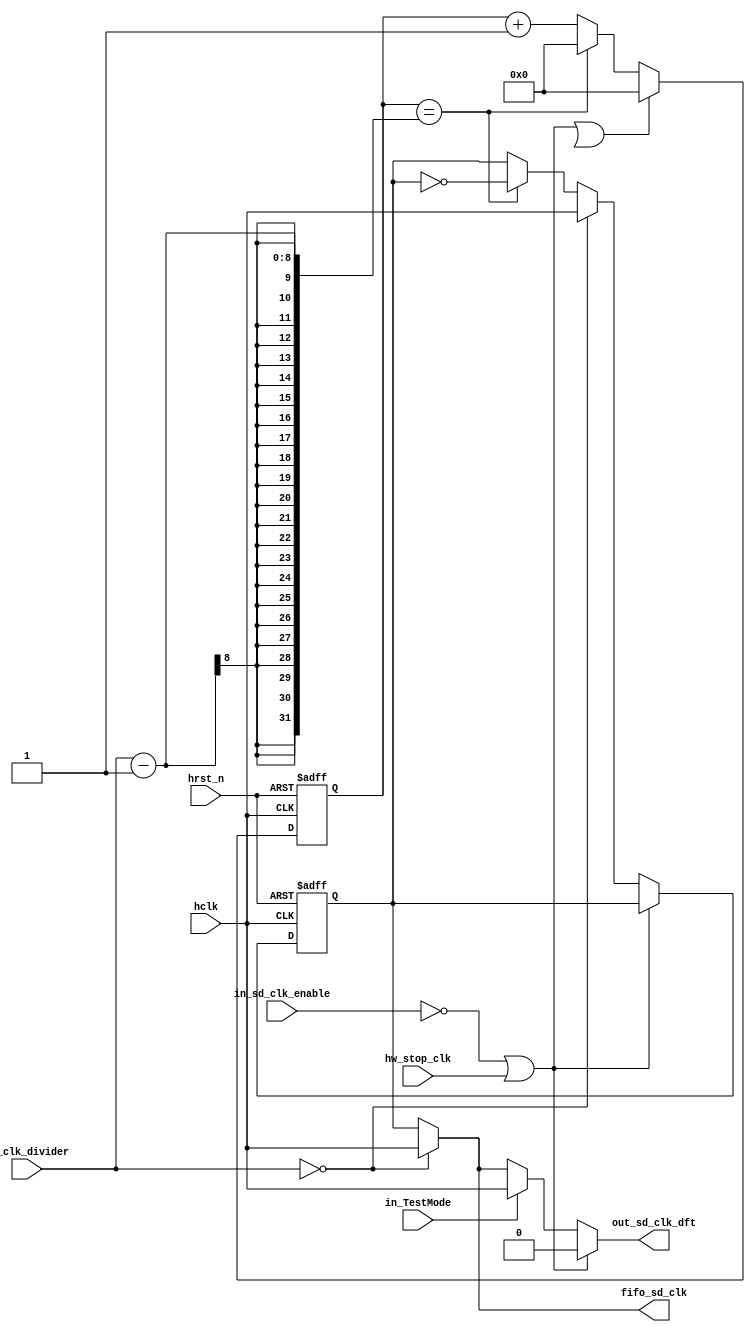
module sd_clk(
    hclk,
    hrst_n,
    in_clk_divider,
    in_sd_clk_enable,
    hw_stop_clk,
    
    out_sd_clk_dft,
    fifo_sd_clk,

    in_TestMode
);
input       in_TestMode;
input       hclk;
input       hrst_n;
input [7:0] in_clk_divider;
input       in_sd_clk_enable;
input       hw_stop_clk;
output      fifo_sd_clk;
output      out_sd_clk_dft;

reg         out_sd_clk;
reg [7:0]   div_counter;
wire        divider_0_val;
wire        out_sd_clk_tp;
wire        clk_ena_stop;

assign  divider_0_val = (in_clk_divider == 8'b0 );
assign  clk_ena_stop = (!in_sd_clk_enable || hw_stop_clk);

always@(posedge hclk or negedge hrst_n) begin
    if(!hrst_n)
        out_sd_clk <= 8'b0;
    else if (clk_ena_stop)
        out_sd_clk <= out_sd_clk;
    else if (divider_0_val)
        out_sd_clk <= hclk;
    else if (div_counter == in_clk_divider-1)
        out_sd_clk <= ~out_sd_clk;
end

always@(posedge hclk or negedge hrst_n) begin
    if(!hrst_n)
        div_counter <= 8'b0;
    else if ( clk_ena_stop || div_0_val)
        div_counter <= 8'b0;
    else begin
        if(div_counter == in_clk_divider-1)
            div_counter <= 8'b0;
        else
            div_counter <= div_counter + 1;
    end
end

assign fifo_sd_clk = divider_0_val? hclk : out_sd_clk;
assign out_sd_clk_dft = (!in_sd_clk_enable || hw_stop_clk) ? 
                            1'b0 : (in_TestMode) ? 
                            hclk : (in_clk_divider == 8'b0) ?
                            hclk : out_sd_clk;

endmodule